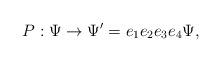
LaTeX: \begin{align*}P:\Psi \rightarrow \Psi ^{\prime }=e_{1}e_{2}e_{3}e_{4}\Psi , \end{align*}